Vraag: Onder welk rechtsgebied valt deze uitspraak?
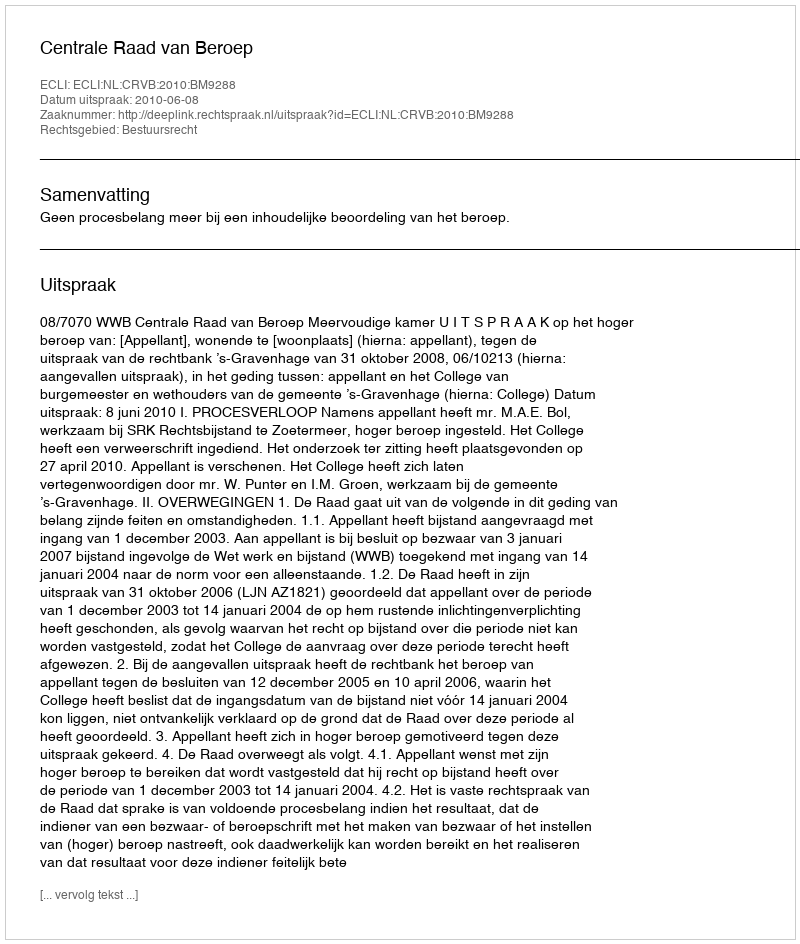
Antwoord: Bestuursrecht